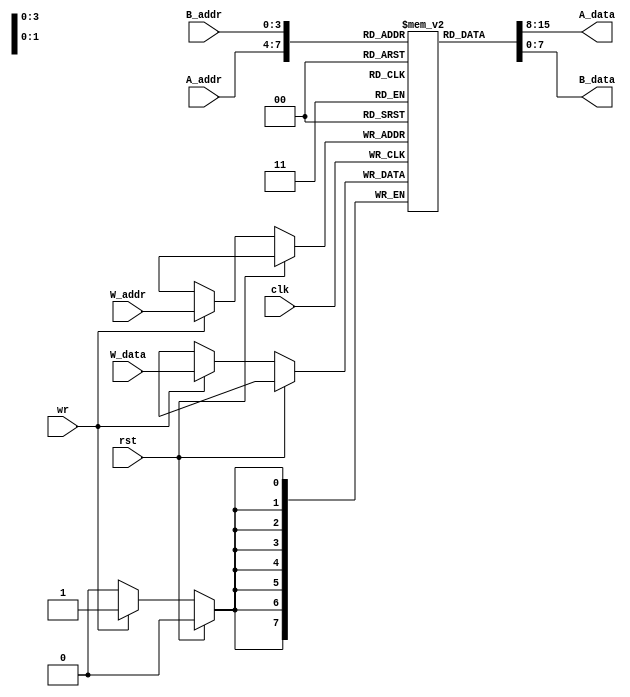
`timescale 1ns / 1ps

module regFile (clk, rst, A_data, B_data, W_data, A_addr, B_addr, W_addr, wr);
input clk, rst;
output[7:0] A_data, B_data;
input[7:0] W_data;
input[3:0] A_addr, B_addr, W_addr;
input wr;
// declaring array of 16 8-bit registers - Register File
reg[7:0] RegFile[0:15];

assign A_data = RegFile[A_addr];
assign B_data = RegFile[B_addr];
// Writing to a register
always @ (posedge clk) begin
if(!rst)
 if(wr)
RegFile[W_addr] <= W_data;
// writing W_data to register number W_addr
end
endmodule